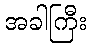
အခါကြီး